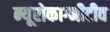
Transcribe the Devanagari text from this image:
न्यूरोकाग्नीटीव